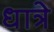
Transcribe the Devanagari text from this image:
धात्रे